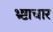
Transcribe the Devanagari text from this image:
भ्र्ष्टाचार